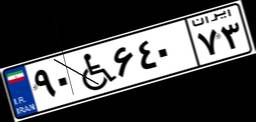
۹۰W۶۴۰۷۳